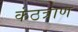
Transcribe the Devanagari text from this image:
कंठत्राण